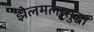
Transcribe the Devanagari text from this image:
झेलमलासुद्धा